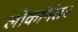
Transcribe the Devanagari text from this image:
लोकांनंतर